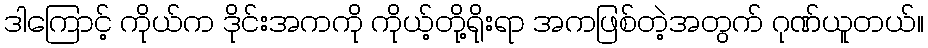
ဒါကြောင့် ကိုယ်က ဒိုင်းအကကို ကိုယ့်တို့ရိုးရာ အကဖြစ်တဲ့အတွက် ဂုဏ်ယူတယ်။